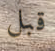
قبل